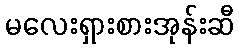
မလေးရှားစားအုန်းဆီ